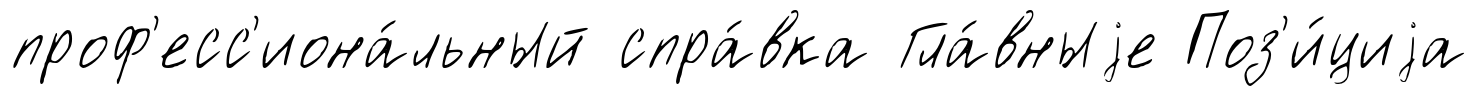
проф'есс'иона́льный спра́вка Гла́вныjе Поз'и́циjа